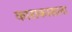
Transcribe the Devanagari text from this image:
काराकासला